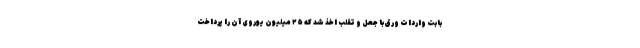
بابت واردات ورق با جعل و تقلب اخذ شد که ۲۵ میلیون یوروی آن را پرداخت